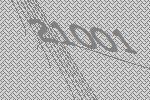
21001